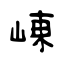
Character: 崠